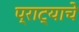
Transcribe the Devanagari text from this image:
प्राट्याचे